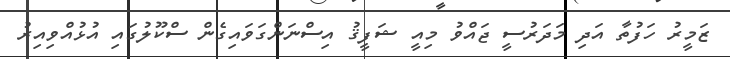
ޒަމީރު ހަފުތާ އަދި މަދަރުސީ ޖައްވު މިއީ ޝަފީޤު އިސްނަންގަވައިގެން ސްކޫލުގައި އުޅުއްވިއިރު